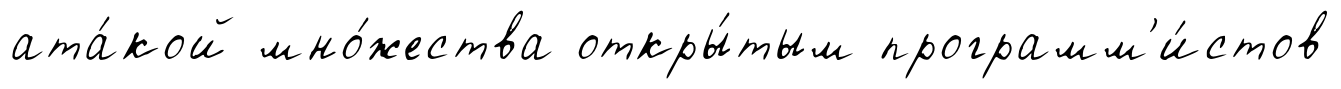
ата́кой мно́жества откры́тым программ'и́стов